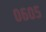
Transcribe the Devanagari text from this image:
०६०५